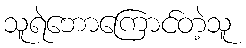
သူရဲဘောကြောင်တဲ့သူ